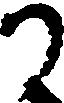
か